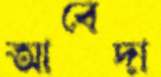
আবেদা